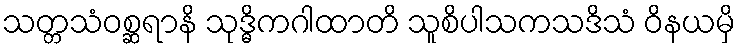
သတ္တသံဝစ္ဆရာနိ သုဒ္ဓိကဂါထာတိ သူစိပါသကသဒိသံ ဝိနယမှိ